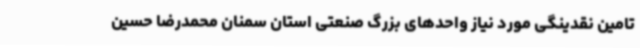
تامین نقدینگی مورد نیاز واحدهای بزرگ صنعتی استان سمنان محمدرضا حسین